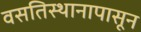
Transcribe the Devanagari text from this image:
वसतिस्थानापासून